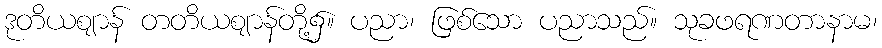
ဒုတိယဈာန် တတိယဈာန်တို့၌။ ပညာ၊ ဖြစ်သော ပညာသည်။ သုခဖရဏတာနာမ၊